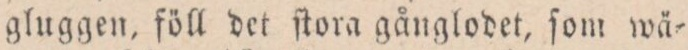
gluggen, föll det ſtora gånglodet, ſom wä=